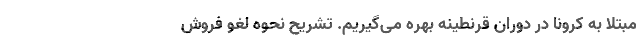
مبتلا به کرونا در دوران قرنطینه بهره می‌گیریم. تشریح نحوه لغو فروش